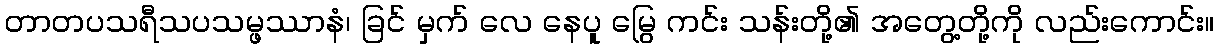
တာတပသရီသပသမ္ဖဿာနံ၊ ခြင် မှက် လေ နေပူ မြွေ ကင်း သန်းတို့၏ အတွေ့တို့ကို လည်းကောင်း။